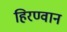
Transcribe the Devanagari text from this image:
हिरण्वान